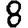
Digit: 8